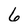
Character: 6